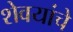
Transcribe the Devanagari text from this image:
शेवयांचे